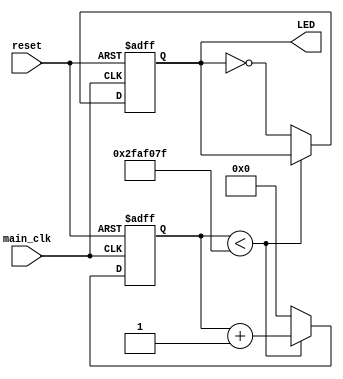
`timescale 1ps / 1ps

module counter(
    input main_clk,            /*here is the main clock 50 MHz*/
    input reset,               /*when = 1, it makes LED = 0*/
    output reg LED             /*the LED output*/
    );
    
    wire [27:0]clock_length;  /*the number of pulses to change LED make it = 5000000 to get 100ms change (50Mhz*10ms = 5000000)*/
    reg [27:0]counter;
    
    assign clock_length = 50000000;
    
    always @(posedge main_clk or posedge reset) begin /*begin always*/
        if (reset) begin
            LED <= 0;
            counter <= 0;
        end
        else begin
            if (counter < clock_length - 1) begin
                counter <= counter + 1;
            end
            else begin
                counter <= 0;
                LED <= (~LED);
            end
        end
    end /*end always*/
    
endmodule